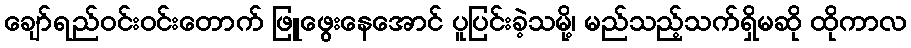
ချော်ရည်ဝင်းဝင်းတောက် ဖြူဖွေးနေအောင် ပူပြင်းခဲ့သမို့၊ မည်သည့်သက်ရှိမဆို ထိုကာလ